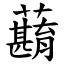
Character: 蘛